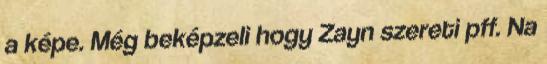
a képe. Még beképzeli hogy Zayn szereti pff. Na